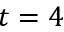
t = 4